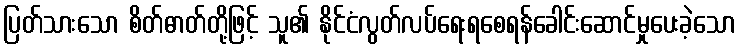
ပြတ်သားသော စိတ်ဓာတ်တို့ဖြင့် သူ၏ နိုင်ငံလွတ်လပ်ရေးရစေရန်ခေါင်းဆောင်မှုပေးခဲ့သော